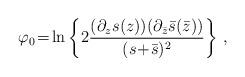
LaTeX: \begin{align*}\varphi_0\!=\!\ln\left\{2\frac{(\partial_z s(z))(\partial_{\bar{z}}\bar{s}(\bar{z}))}{(s\!+\!\bar{s})^2}\right\}\,,\end{align*}